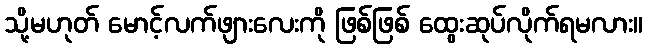
သို့မဟုတ် မောင့်လက်ဖျားလေးကို ဖြစ်ဖြစ် ထွေးဆုပ်လိုက်ရမလား။